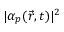
| \alpha _ { p } ( \vec { r } , t ) | ^ { 2 }